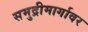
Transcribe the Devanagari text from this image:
समुद्रीमार्गावर